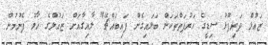
ޒައުލް ދަރިފުޅު ސިޑީގެ ހަރުފަތްތަކަށް ބަލައިގެން ފައިބައްޗޭ" ލާއިގާއަށް ޒައުލްގެ ހާލު ފެނުމުން